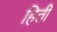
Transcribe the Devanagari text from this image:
हिती